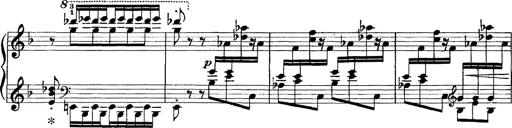
Title: Scherzo und Marsch
Composer: Franz Liszt